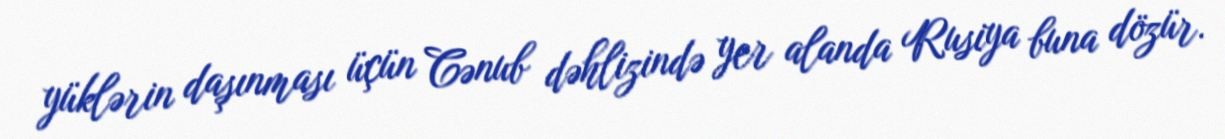
yüklərin daşınması üçün Cənub dəhlizində yer alanda Rusiya buna dözür.